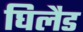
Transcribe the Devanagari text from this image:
घिलैड